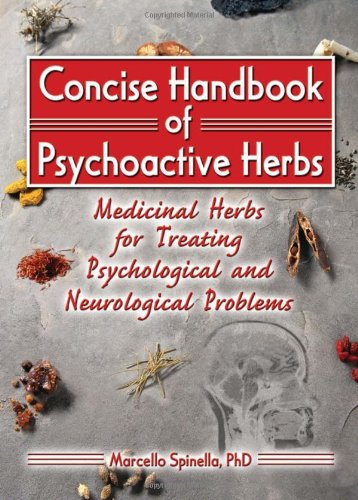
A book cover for Concise Handbook of Psychoactive Herbs: Medicinal Herbs for Treating Psychological and Neurological Problems; Marcello Spinella; Health, Fitness & Dieting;